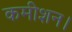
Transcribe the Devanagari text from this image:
कमीशन।